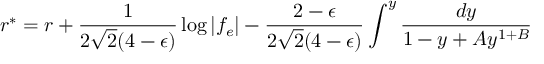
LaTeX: r ^ { * } = r + { \frac { 1 } { 2 \sqrt 2 ( 4 - \epsilon ) } } \log | f _ { e } | - { \frac { 2 - \epsilon } { 2 \sqrt 2 ( 4 - \epsilon ) } } \int ^ { y } { \frac { d y } { 1 - y + A y ^ { 1 + B } } }